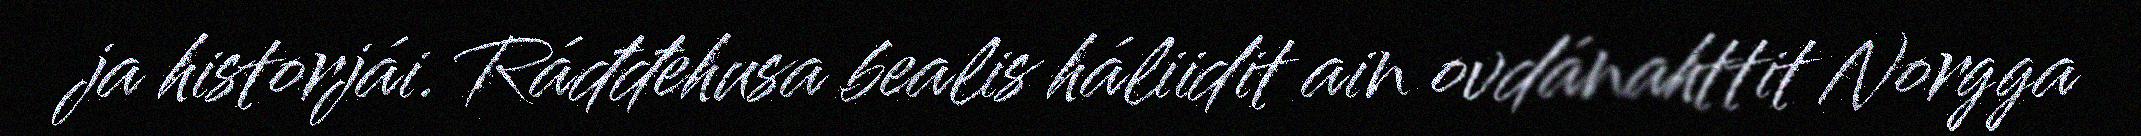
ja historjái. Ráđđehusa bealis háliidit ain ovdánahttit Norgga